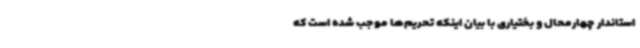
استاندار چهارمحال و بختیاری با بیان اینکه تحریم‌ها موجب شده است که